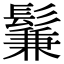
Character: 鬑